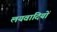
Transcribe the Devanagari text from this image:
लयवादियों